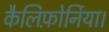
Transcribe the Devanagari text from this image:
कैलिफ़ोर्निया।